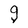
Character: g